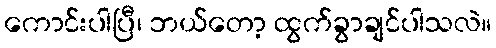
ကောင်းပါပြီ၊ ဘယ်တော့ ထွက်ခွာချင်ပါသလဲ။